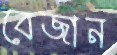
বেজান